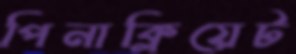
পিনাক্লিয়েট